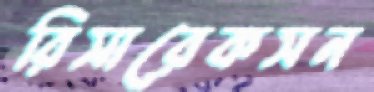
রিসারেকসন